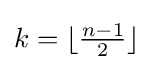
{\textstyle k=\lfloor {\frac {n-1}{2}}\rfloor }